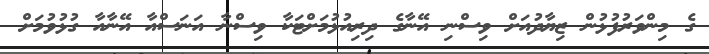
ގެ މިންވަރުފުޅުން ޒިޔާދުއަށް ވިސްނި އޭނާގެ ދިރިއުޅުމަށްޓަކާ ވިސްނާ އަނަސްއާ އޭނާއާ ގުޅުވުމަށް